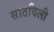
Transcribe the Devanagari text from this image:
साठविली